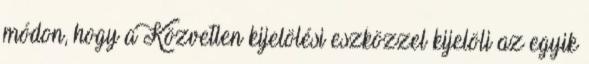
módon, hogy a Közvetlen kijelölési eszközzel kijelöli az egyik